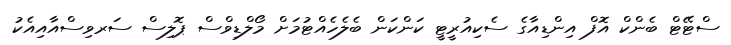
ސްޓޭޓް ބެންކް އޮފް އިންޑިއާގެ ސެކިއުރީޓީ ކަންކަން ބެލެހެއްޓުމަށް މޯލްޑިވްސް ޕޮލިސް ސަރވިސްއާއިއެކު